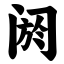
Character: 阏